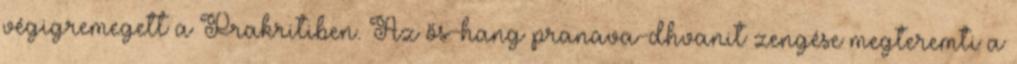
végigremegett a Prakritiben. Az ős-hang pranava-dhvanit zengése megteremti a